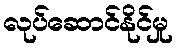
လုပ်ဆောင်နိုင်မှု